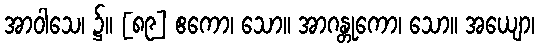
အာဝါသေ၊ ၌။ [၈၉] ဧကော၊ သော။ အာဂန္တုကော၊ သော။ အယျော၊